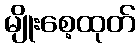
မျိုးစေ့ထုတ်